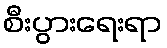
စီးပွားရေးရာ